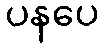
ပနပေ